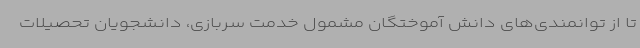
تا از توانمندی‌های دانش آموختگان مشمول خدمت سربازی، دانشجویان تحصیلات